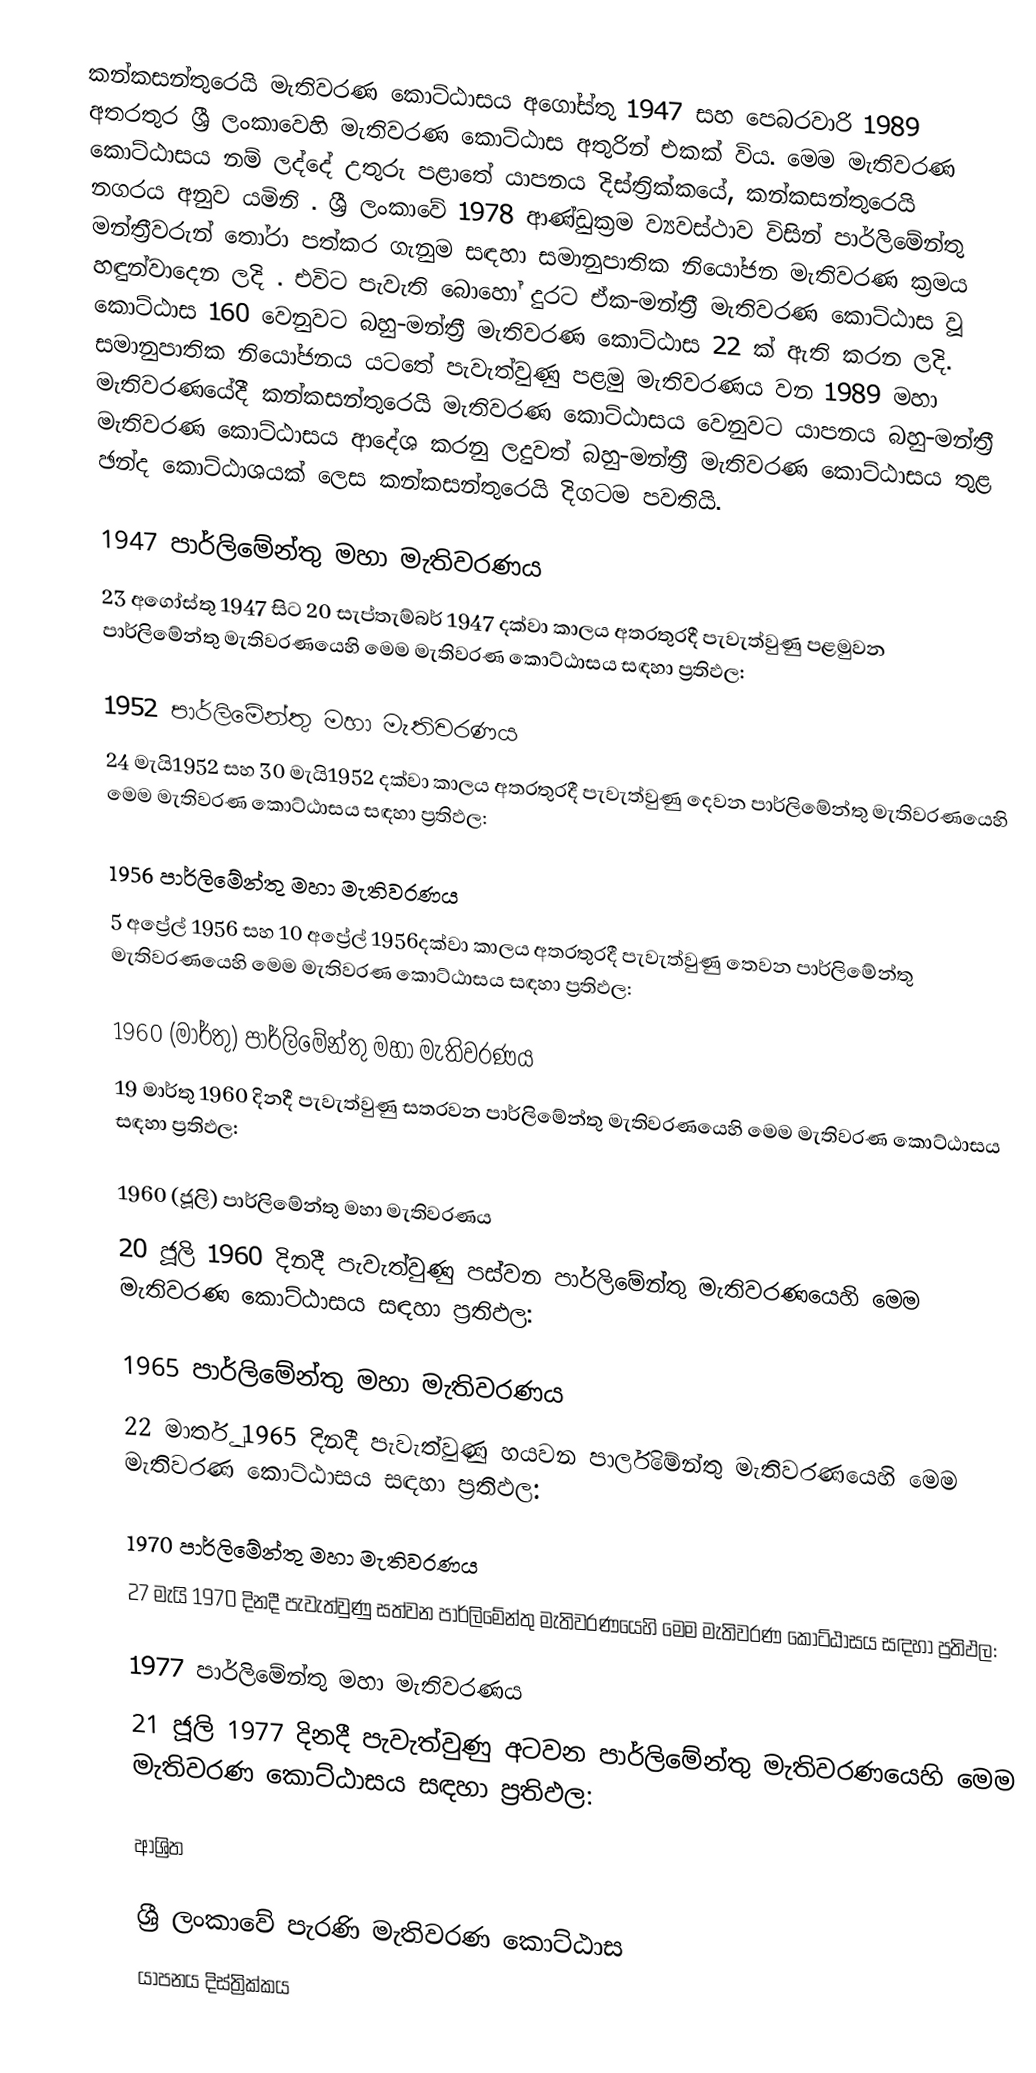
කන්කසන්තුරෙයි මැතිවරණ කොට්ඨාසය  අගෝස්තු 1947 සහ පෙබරවාරි 1989 අතරතුර  ශ්‍රී ලංකාවෙහි  මැතිවරණ කොට්ඨාස අතුරින් එකක් විය. මෙම මැතිවරණ කොට්ඨාසය නම් ලද්දේ උතුරු පළාතේ  යාපනය දිස්ත්‍රික්කයේ,  කන්කසන්තුරෙයි නගරය අනුව යමිනි . ශ්‍රී ලංකාවේ 1978 ආණ්ඩුක්‍රම ව්‍යවස්ථාව විසින්   පාර්ලිමේන්තු මන්ත්‍රීවරුන් තෝරා පත්කර ගැනුම සඳහා සමානුපාතික නියෝජන මැතිවරණ ක්‍රමය හඳුන්වාදෙන ලදි . එවිට පැවැති බොහෝ දුරට  ඒක-මන්ත්‍රී මැතිවරණ කොට්ඨාස වූ කොට්ඨාස 160 වෙනුවට බහු-මන්ත්‍රී මැතිවරණ කොට්ඨාස 22 ක් ඇති කරන ලදි. සමානුපාතික නියෝජනය යටතේ පැවැත්වුණු පළමු මැතිවරණය වන 1989 මහා මැතිවරණයේදී  කන්කසන්තුරෙයි මැතිවරණ කොට්ඨාසය වෙනුවට  යාපනය බහු-මන්ත්‍රී මැතිවරණ කොට්ඨාසය  ආදේශ කරනු ලදුවත් බහු-මන්ත්‍රී මැතිවරණ කොට්ඨාසය තුළ ඡන්ද කොට්ඨාශයක් ලෙස කන්කසන්තුරෙයි දිගටම පවතියි.

1947 පාර්ලිමේන්තු මහා මැතිවරණය
23 අගෝස්තු 1947 සිට 20 සැප්තැම්බර් 1947 දක්වා කාලය අතරතුරදී පැවැත්වුණු  පළමුවන පාර්ලිමේන්තු මැතිවරණයෙහි මෙම මැතිවරණ කොට්ඨාසය සඳහා ප්‍රතිඵල:

1952 පාර්ලිමේන්තු මහා මැතිවරණය
24 මැයි1952 සහ 30 මැයි1952 දක්වා කාලය අතරතුරදී පැවැත්වුණු  දෙවන පාර්ලිමේන්තු මැතිවරණයෙහි මෙම මැතිවරණ කොට්ඨාසය සඳහා ප්‍රතිඵල:

1956 පාර්ලිමේන්තු මහා මැතිවරණය
5 අප්‍රේල් 1956 සහ 10 අප්‍රේල් 1956දක්වා කාලය අතරතුරදී පැවැත්වුණු  තෙවන පාර්ලිමේන්තු මැතිවරණයෙහි මෙම මැතිවරණ කොට්ඨාසය සඳහා ප්‍රතිඵල:

1960 (මාර්තු) පාර්ලිමේන්තු මහා මැතිවරණය
19 මාර්තු 1960 දිනදී පැවැත්වුණු  සතරවන පාර්ලිමේන්තු මැතිවරණයෙහි මෙම මැතිවරණ කොට්ඨාසය සඳහා ප්‍රතිඵල:

1960 (ජූලි) පාර්ලිමේන්තු මහා මැතිවරණය
20 ජූලි 1960 දිනදී පැවැත්වුණු  පස්වන පාර්ලිමේන්තු මැතිවරණයෙහි මෙම මැතිවරණ කොට්ඨාසය සඳහා ප්‍රතිඵල:

1965 පාර්ලිමේන්තු මහා මැතිවරණය
22 මාර්තු 1965  දිනදී පැවැත්වුණු  හයවන පාර්ලිමේන්තු මැතිවරණයෙහි මෙම මැතිවරණ කොට්ඨාසය සඳහා ප්‍රතිඵල:

1970 පාර්ලිමේන්තු මහා මැතිවරණය
27 මැයි 1970 දිනදී පැවැත්වුණු  සත්වන පාර්ලිමේන්තු මැතිවරණයෙහි මෙම මැතිවරණ කොට්ඨාසය සඳහා ප්‍රතිඵල:

1977 පාර්ලිමේන්තු මහා මැතිවරණය
21 ජූලි 1977 දිනදී පැවැත්වුණු  අටවන පාර්ලිමේන්තු මැතිවරණයෙහි මෙම මැතිවරණ කොට්ඨාසය සඳහා ප්‍රතිඵල:

ආශ්‍රිත

ශ්‍රී ලංකාවේ පැරණි මැතිවරණ කොට්ඨාස
යාපනය දිස්ත්‍රික්කය